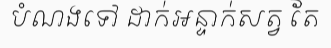
បំណងទៅ ដាក់អន្ទាក់សត្វ តែ